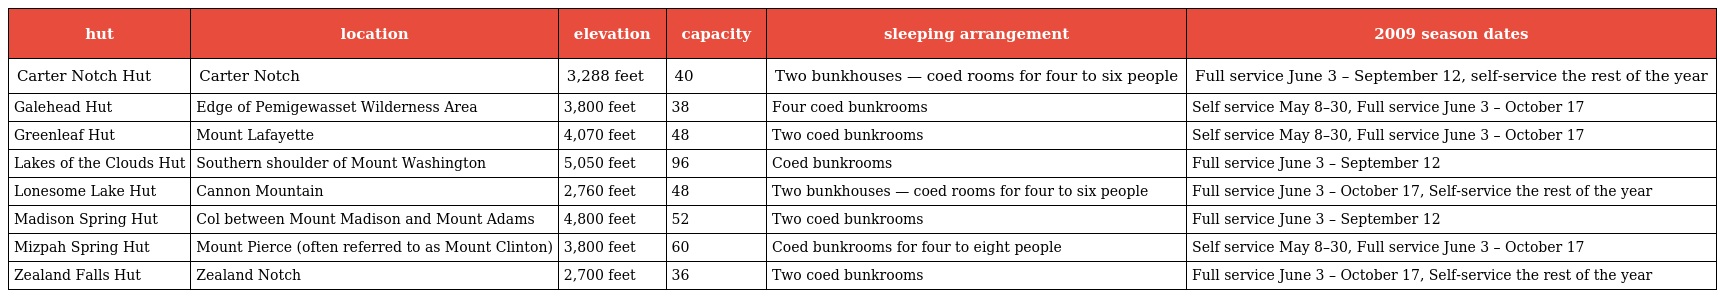
| hut | location | elevation | capacity | sleeping arrangement | 2009 season dates |
 | --- | --- | --- | --- | --- | --- |
 | Carter Notch Hut | Carter Notch | 3,288 feet | 40 | Two bunkhouses — coed rooms for four to six people | Full service June 3 – September 12, self-service the rest of the year |
 | Galehead Hut | Edge of Pemigewasset Wilderness Area | 3,800 feet | 38 | Four coed bunkrooms | Self service May 8–30, Full service June 3 – October 17 |
 | Greenleaf Hut | Mount Lafayette | 4,070 feet | 48 | Two coed bunkrooms | Self service May 8–30, Full service June 3 – October 17 |
 | Lakes of the Clouds Hut | Southern shoulder of Mount Washington | 5,050 feet | 96 | Coed bunkrooms | Full service June 3 – September 12 |
 | Lonesome Lake Hut | Cannon Mountain | 2,760 feet | 48 | Two bunkhouses — coed rooms for four to six people | Full service June 3 – October 17, Self-service the rest of the year |
 | Madison Spring Hut | Col between Mount Madison and Mount Adams | 4,800 feet | 52 | Two coed bunkrooms | Full service June 3 – September 12 |
 | Mizpah Spring Hut | Mount Pierce (often referred to as Mount Clinton) | 3,800 feet | 60 | Coed bunkrooms for four to eight people | Self service May 8–30, Full service June 3 – October 17 |
 | Zealand Falls Hut | Zealand Notch | 2,700 feet | 36 | Two coed bunkrooms | Full service June 3 – October 17, Self-service the rest of the year |